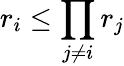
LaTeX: r_{i}\le\prod_{j\neq i}r_{j}